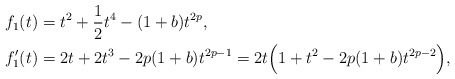
\begin{align*}&f_{1}(t)=t^{2}+\frac{1}{2}t^{4}-(1+b)t^{2p},\\&f_{1}'(t)=2t+2t^{3}-2p(1+b)t^{2p-1}=2t\Big(1+t^{2}-2p(1+b)t^{2p-2}\Big),\end{align*}